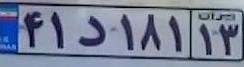
۴۱د۱۸۱۱۳